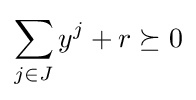
\sum _{j\in J}y^{j}+r\succeq 0